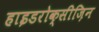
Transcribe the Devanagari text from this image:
हाइडरोक्सीज़िन